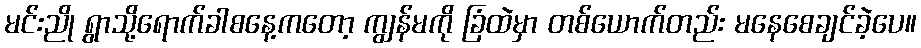
မင်းညို ရွာသို့ရောက်ခါစနေ့ကတော့ ကျွန်မကို ခြံထဲမှာ တစ်ယောက်တည်း မနေစေချင်ခဲ့ပေ။